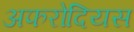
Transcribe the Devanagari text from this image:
अफरोदियस